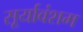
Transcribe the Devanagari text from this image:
सूर्यावंशम